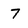
Character: 7